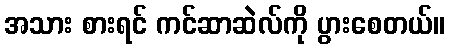
အသား စားရင် ကင်ဆာဆဲလ်ကို ပွားစေတယ်။